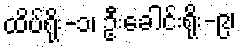
ထိပ်ရိုး-၁၊ ဦးခေါင်းရိုး-၉၊